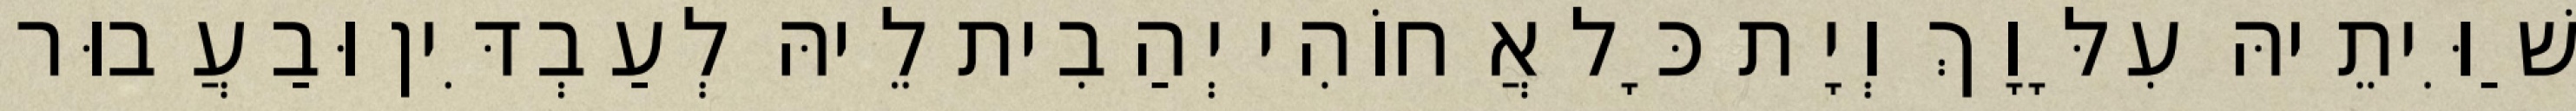
שַׁוִּיתֵיהּ עִלָּוָךְ וְיָת כָּל אֲחוֹהִי יְהַבִית לֵיהּ לְעַבְדִּין וּבַעֲבוּר